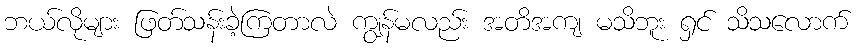
ဘယ်လိုများ ဖြတ်သန်းခဲ့ကြတာလဲ ကျွန်မလည်း အတိအကျ မသိဘူး ရှင် သိသလောက်